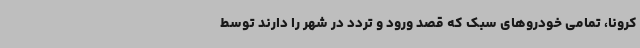
کرونا، تمامی خودروهای سبک که قصد ورود و تردد در شهر را دارند توسط